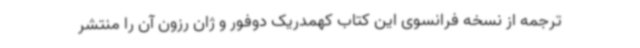
ترجمه از نسخه فرانسوی این کتاب کهمدریک دوفور و ژان رزون آن را منتشر